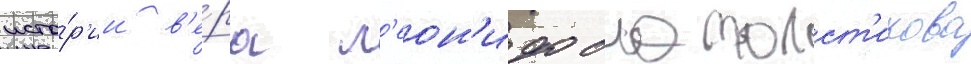
исто́р'ии в'е́ра л'еон'идовна толст'икова